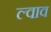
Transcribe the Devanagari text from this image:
ल्वाव